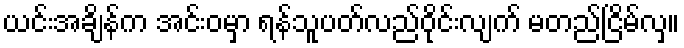
ယင်းအချိန်က အင်းဝမှာ ရန်သူပတ်လည်ဝိုင်းလျက် မတည်ငြိမ်လှ။